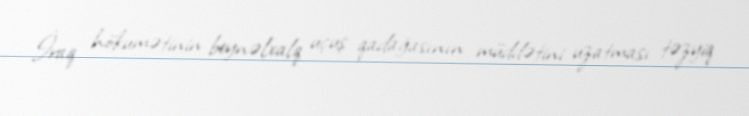
İraq hökumətinin beynəlxalq uçuş qadağasının müddətini uzatması təzyiq